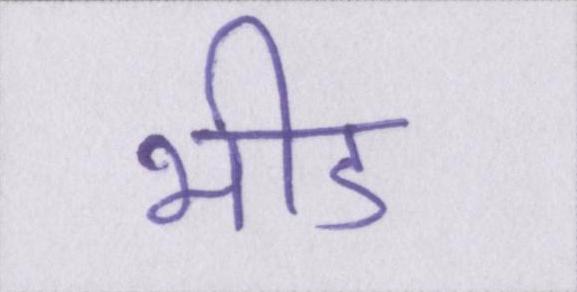
भीड